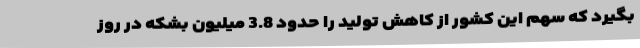
بگیرد که سهم این کشور از کاهش تولید را حدود 3.8 میلیون بشکه در روز